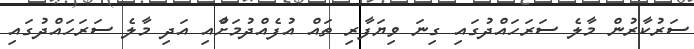
ސަރުކާރުން މާލެ ސަރަހައްދުގައި ގިނަ ވިޔަފާރި ތައް އުފެއްދުމަށާްއި އަދި މާލެ ސަރަހައްދުގައި